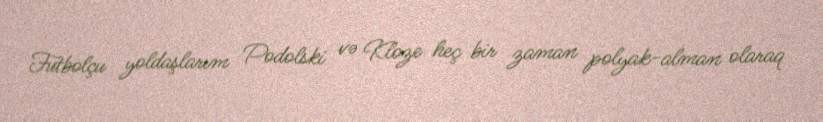
Futbolçu yoldaşlarım Podolski və Kloze heç bir zaman polyak-alman olaraq